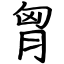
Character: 胷